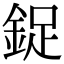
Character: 鋜